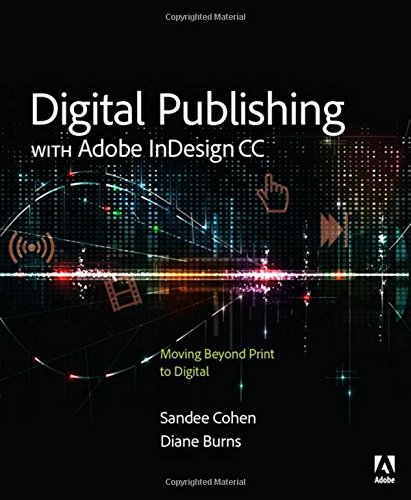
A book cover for Digital Publishing with Adobe InDesign CC: Moving Beyond Print to Digital; Diane Burns; Computers & Technology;